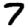
Digit: 7